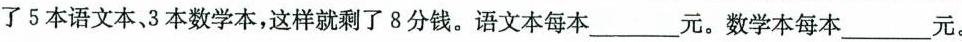
了5本语文本、3本数学本，这样就剩了8分钱。语文本每本___元。数学本每本___元。